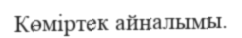
Көміртек айналымы.